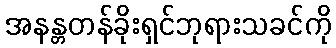
အနန္တတန်ခိုးရှင်ဘုရားသခင်ကို